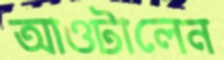
আওটালেন